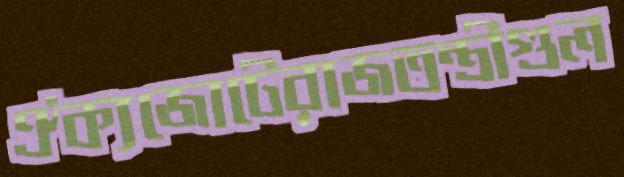
ঐক্যজোটেরাজতন্ত্রীগুল